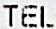
TEL